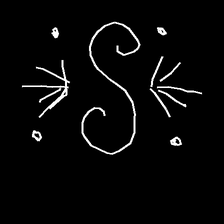
Glyph: aeroform